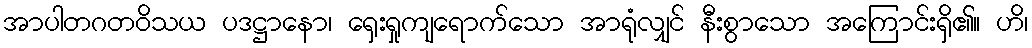
အာပါတဂတဝိသယ ပဒဋ္ဌာနော၊ ရှေးရှုကျရောက်သော အာရုံလျှင် နီးစွာသော အကြောင်းရှိ၏။ ဟိ၊